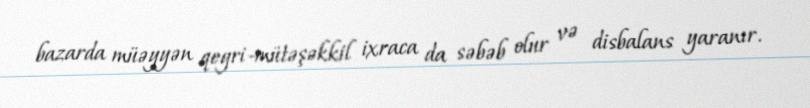
bazarda müəyyən qeyri-mütəşəkkil ixraca da səbəb olur və disbalans yaranır.